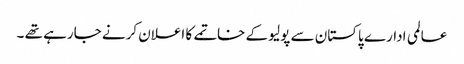
عالمی ادارے پاکستان سے پولیو کے خاتمے کا اعلان کرنے جارہے تھے ۔